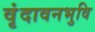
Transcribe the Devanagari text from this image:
वृंदावनभुवि